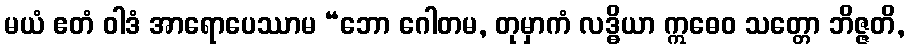
မယံ ဧတံ ဝါဒံ အာရောပေဿာမ “ဘော ဂေါတမ, တုမှာကံ လဒ္ဓိယာ ဣဓေဝ သတ္တော ဘိဇ္ဇတိ,